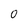
Character: 0